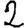
Digit: 2